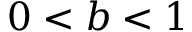
0 < b < 1